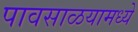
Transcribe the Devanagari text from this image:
पावसाळयामध्ये